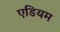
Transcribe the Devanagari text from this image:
एडियम